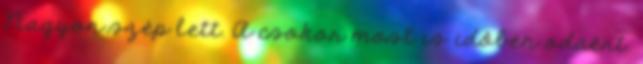
Nagyon szép lett. A csokor most is időben odaért.